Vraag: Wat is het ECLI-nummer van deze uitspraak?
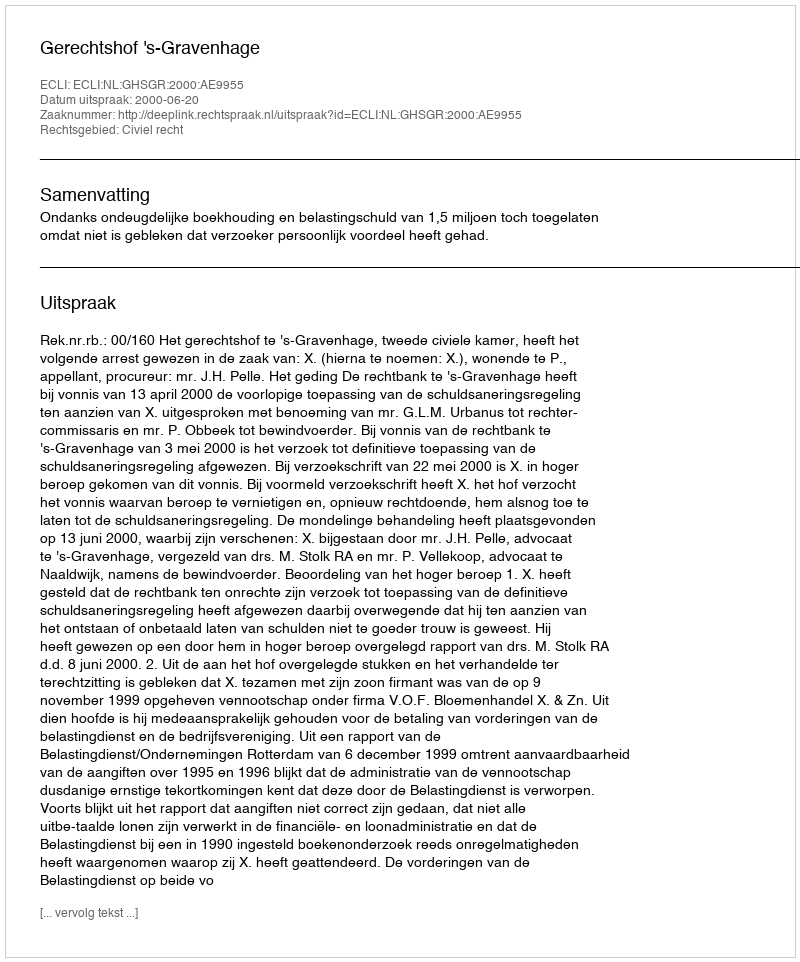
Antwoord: ECLI:NL:GHSGR:2000:AE9955